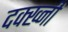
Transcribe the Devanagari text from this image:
दक्ख्नी